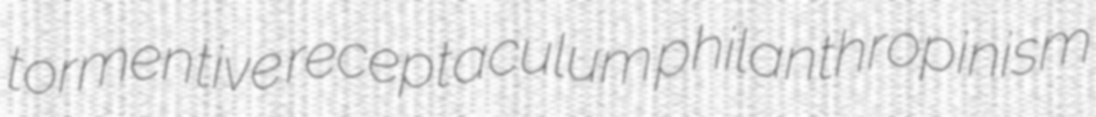
tormentive receptaculum philanthropinism